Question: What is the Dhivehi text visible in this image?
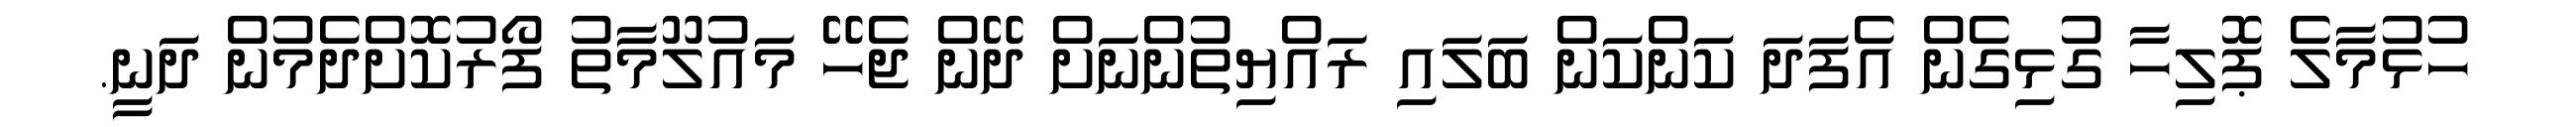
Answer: ހުޅުމާލެ ޕޮލިހާ ގުޅިގެން އެފަދަ ކަންކަން ބަލައި ރައްޔިތުންނަށް ދޭން ޖެހޭ މައުލޫމާތު ފޯރުކޮށްދެމުން ދަނީ.